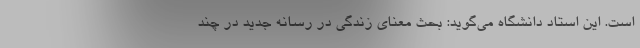
است. این استاد دانشگاه می‌گوید: بحث معنای زندگی در رسانه جدید در چند